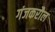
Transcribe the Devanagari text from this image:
गंजकरौल